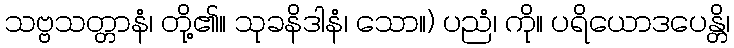
သဗ္ဗသတ္တာနံ၊ တို့၏။ သုခနိဒါနံ၊ သော။) ပညံ၊ ကို။ ပရိယောဒပေန္တိ၊